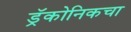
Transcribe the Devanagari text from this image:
ड्रॅकोनिकचा